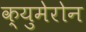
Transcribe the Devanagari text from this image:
क्युमेरोन